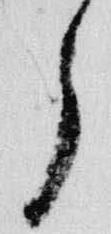
了